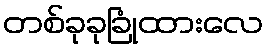
တစ်ခုခုခြုံထားလေ